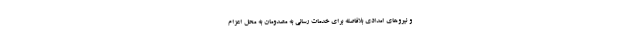
و نیروهای امدادی بلافاصله برای خدمات رسانی به مصدومان به محل اعزام